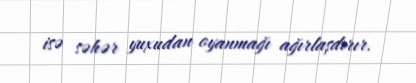
isə səhər yuxudan oyanmağı ağırlaşdırır.